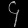
Digit: ၄